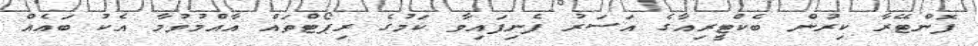
ފޮންޓޭރާ ކިރުން ބެކްޓީރިއާގެ އަސަރު ފެނިފައިވާ ކަމުގެ ރިޕޯޓްތައް އާއްމުވުމާ އެކު ބައެއް